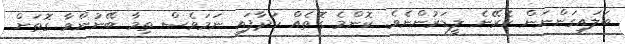
ބަލައިގަންނަން ކެރޭނެ ލީޑަރުންނެވެ. ކޮންމެ ގޮތެއް ހަދާފައި ނަމަވެސް ތިމާ ބޭނުންވާ ގޮތަށް